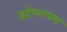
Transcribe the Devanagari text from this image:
इदीयाप्पम